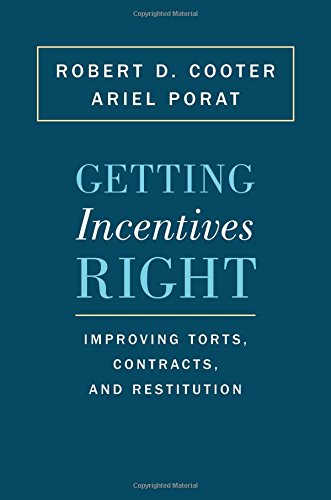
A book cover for Getting Incentives Right: Improving Torts, Contracts, and Restitution; Robert D. Cooter; Law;